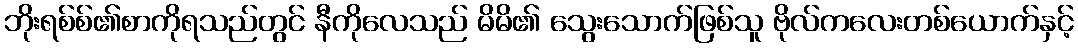
ဘိုးရစ်စ်၏စာကိုရသည်တွင် နီကိုလေသည် မိမိ၏ သွေးသောက်ဖြစ်သူ ဗိုလ်ကလေးတစ်ယောက်နှင့်